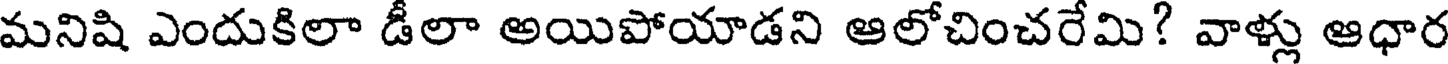
మనిషి ఎందుకిలా డీలా అయిపోయాడని ఆలోచించరేమి? వాళ్లు ఆధార